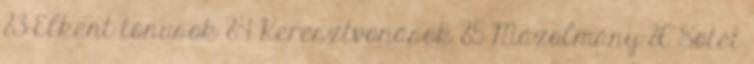
83 Elkent tónusok 84 Keresztvonások 85 Mázolmány 86 Sötét